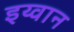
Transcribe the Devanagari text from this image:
इय्वान